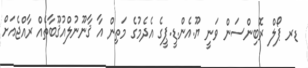
ޑރ ޕޯލް ރޮބިންސަން ވަނީ ޔޫ.އެން.ޑީ.ޕީގެ އެދެމުގެ މަތިން އާ ޤާނޫނުލްއުޤޫބާތެއް ރާއްޖެއަށް